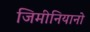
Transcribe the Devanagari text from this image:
जिमीनियानो